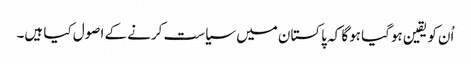
اُن کو یقین ہوگیا ہوگا کہ پاکستان میں سیاست کرنے کے اصول کیا ہیں۔